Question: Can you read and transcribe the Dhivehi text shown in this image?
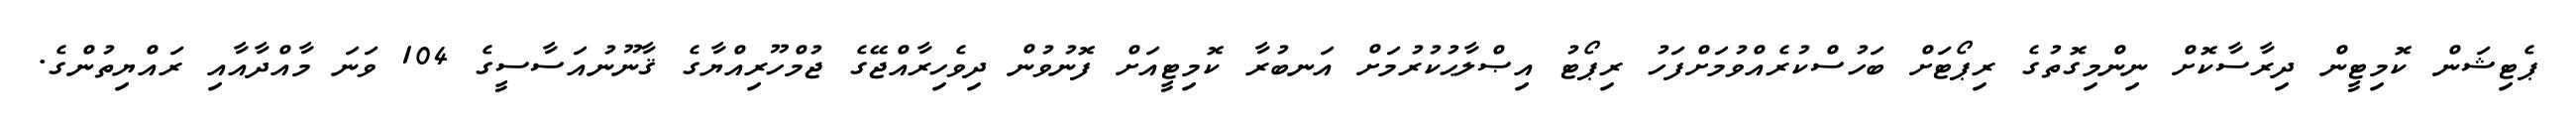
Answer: ޕެޓިޝަން ކޮމިޓީން ދިރާސާކޮށް ނިންމިގޮތުގެ ރިޕޯޓަށް ބަހުސްކުރެއްވުމަށްފަހު ރިޕޯޓު އިޞްލާޙުކުރުމަށް އަނބުރާ ކޮމިޓީއަށް ފޮނުވުން ދިވެހިރާއްޖޭގެ ޖުމްހޫރިއްޔާގެ ޤާނޫނުއަސާސީގެ 104 ވަނަ މާއްދާއާއި ރައްޔިތުންގެ.